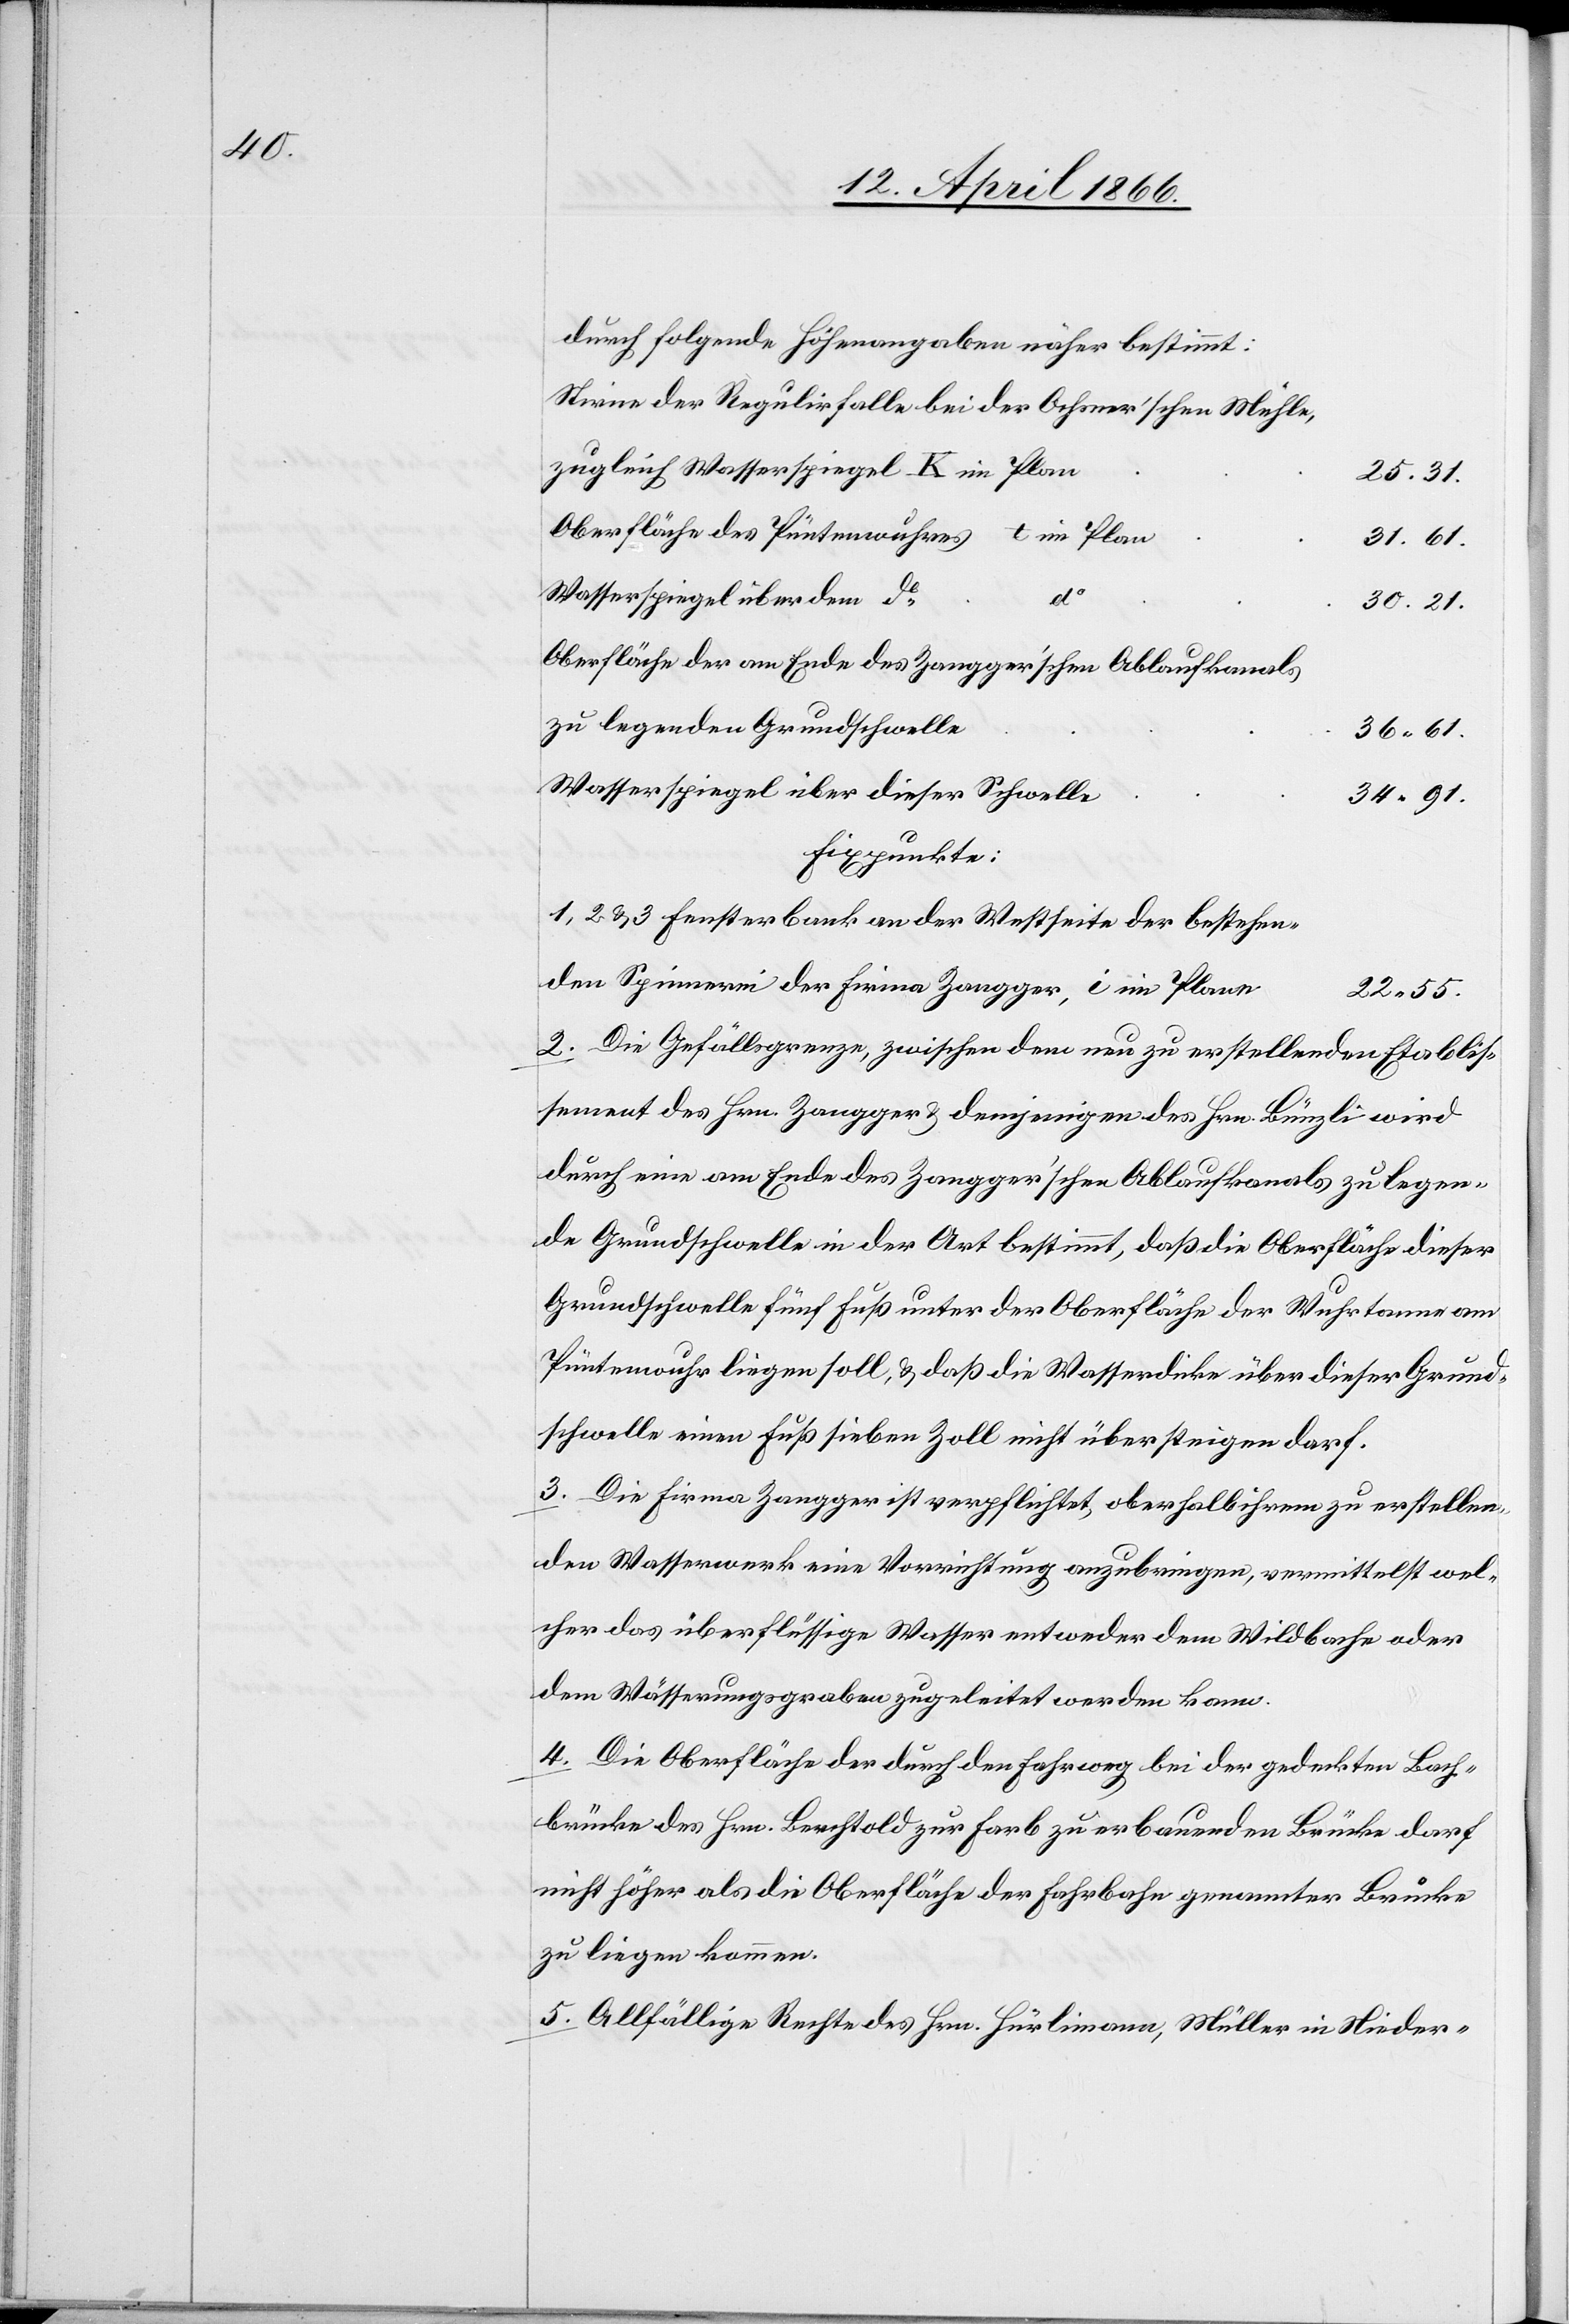
durch folgende Höhenangaben näher bestimmt:
Stirne der Regulirfalle bei der Ochsner’schen Mühle,
zugleich Wasserspiegel K im Plan
25.31.
Oberfläche des Püntenwuhres
t im Plan
31.61.
Wasserspiegel über dem do.
30.21.
Oberfläche der am Ende des Zangger’schen Ablaufkanals
zu legenden Grundschwelle
36.61.
Wasserspiegel über dieser Schwelle
34.91.
Fixpunkte:
1, 2 u. 3 Fensterbank an der Westseite der bestehen¬
den Spinnerei der Firma Zangger, i im Plane
22.55.
2. Die Gefällsgrenze zwischen dem neu zu erstellenden Etablis¬
sement des Hrn. Zangger u. demjenigen des Hrn. Bünzli wird
durch eine am Ende des Zangger’schen Ablaufkanals zu legen¬
de Grundschwelle in der Art bestimmt, daß die Oberfläche dieser
Grundschwelle fünf Fuß unter der Oberfläche der Wurhrstanne am
Püntenwuhr liegen soll, u. daß die Wasserdicke über dieser Grund¬
schwelle einen Fuß sieben Zoll nicht übersteigen darf.
3. Die Firma Zangger ist verpflichtet, oberhalb ihrem zu erstellen¬
den Wasserwerk eine Vorrichtung anzubringen, vermittelst wel¬
cher das überflüssige Wasser entweder dem Wildbache oder
dem Wässerungsgraben zugeleitet werden kann.
4. Die Oberfläche der durch den Fahrweg bei der gedeckten Bach¬
brücke des Hrn. Berchtold zur Farb zu erbauenden Brücke darf
nicht höher als die Oberfläche der Fahrbahn genannter Brücke
zu liegen kommen.
5. Allfällige Rechte des Hrn. Hürlimann, Müller in Nieder-